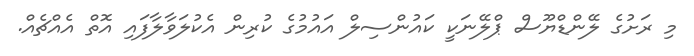
މި ރަށުގެ ލޭންޑްޔޫސް ޕްލޭނަކީ ކައުންސިލް އައުމުގެ ކުރިން އެކުލަވާލާފައި އޮތް އެއްޗެއް.